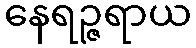
နေရဉ္ဇရာယ